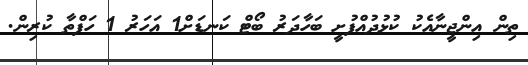
ތިން އިންޖީނާއެކު ކުޅުދުއްފުށީ ބަހާދަރު ބޯޓް ކަނޑަށް1 އަހަރު 1 ހަފްތާ ކުރިން.